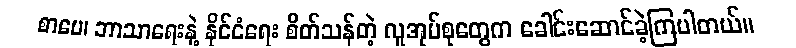
စာပေ၊ ဘာသာရေးနဲ့ နိုင်ငံရေး စိတ်သန်တဲ့ လူအုပ်စုတွေက ခေါင်းဆောင်ခဲ့ကြပါတယ်။